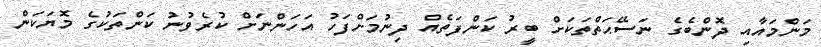
މަންމައާއި ދޮންބެގެ ނަސޭޙަތްތަކަށް ބީރު ކަންފަތެއް ދިނުމަށްފަހު އަހަންނަށް ކުރެވުނު ކަންތަކުގެ މޮޔަކަން